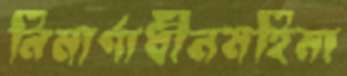
নিমার্ণাধীনমহিমা